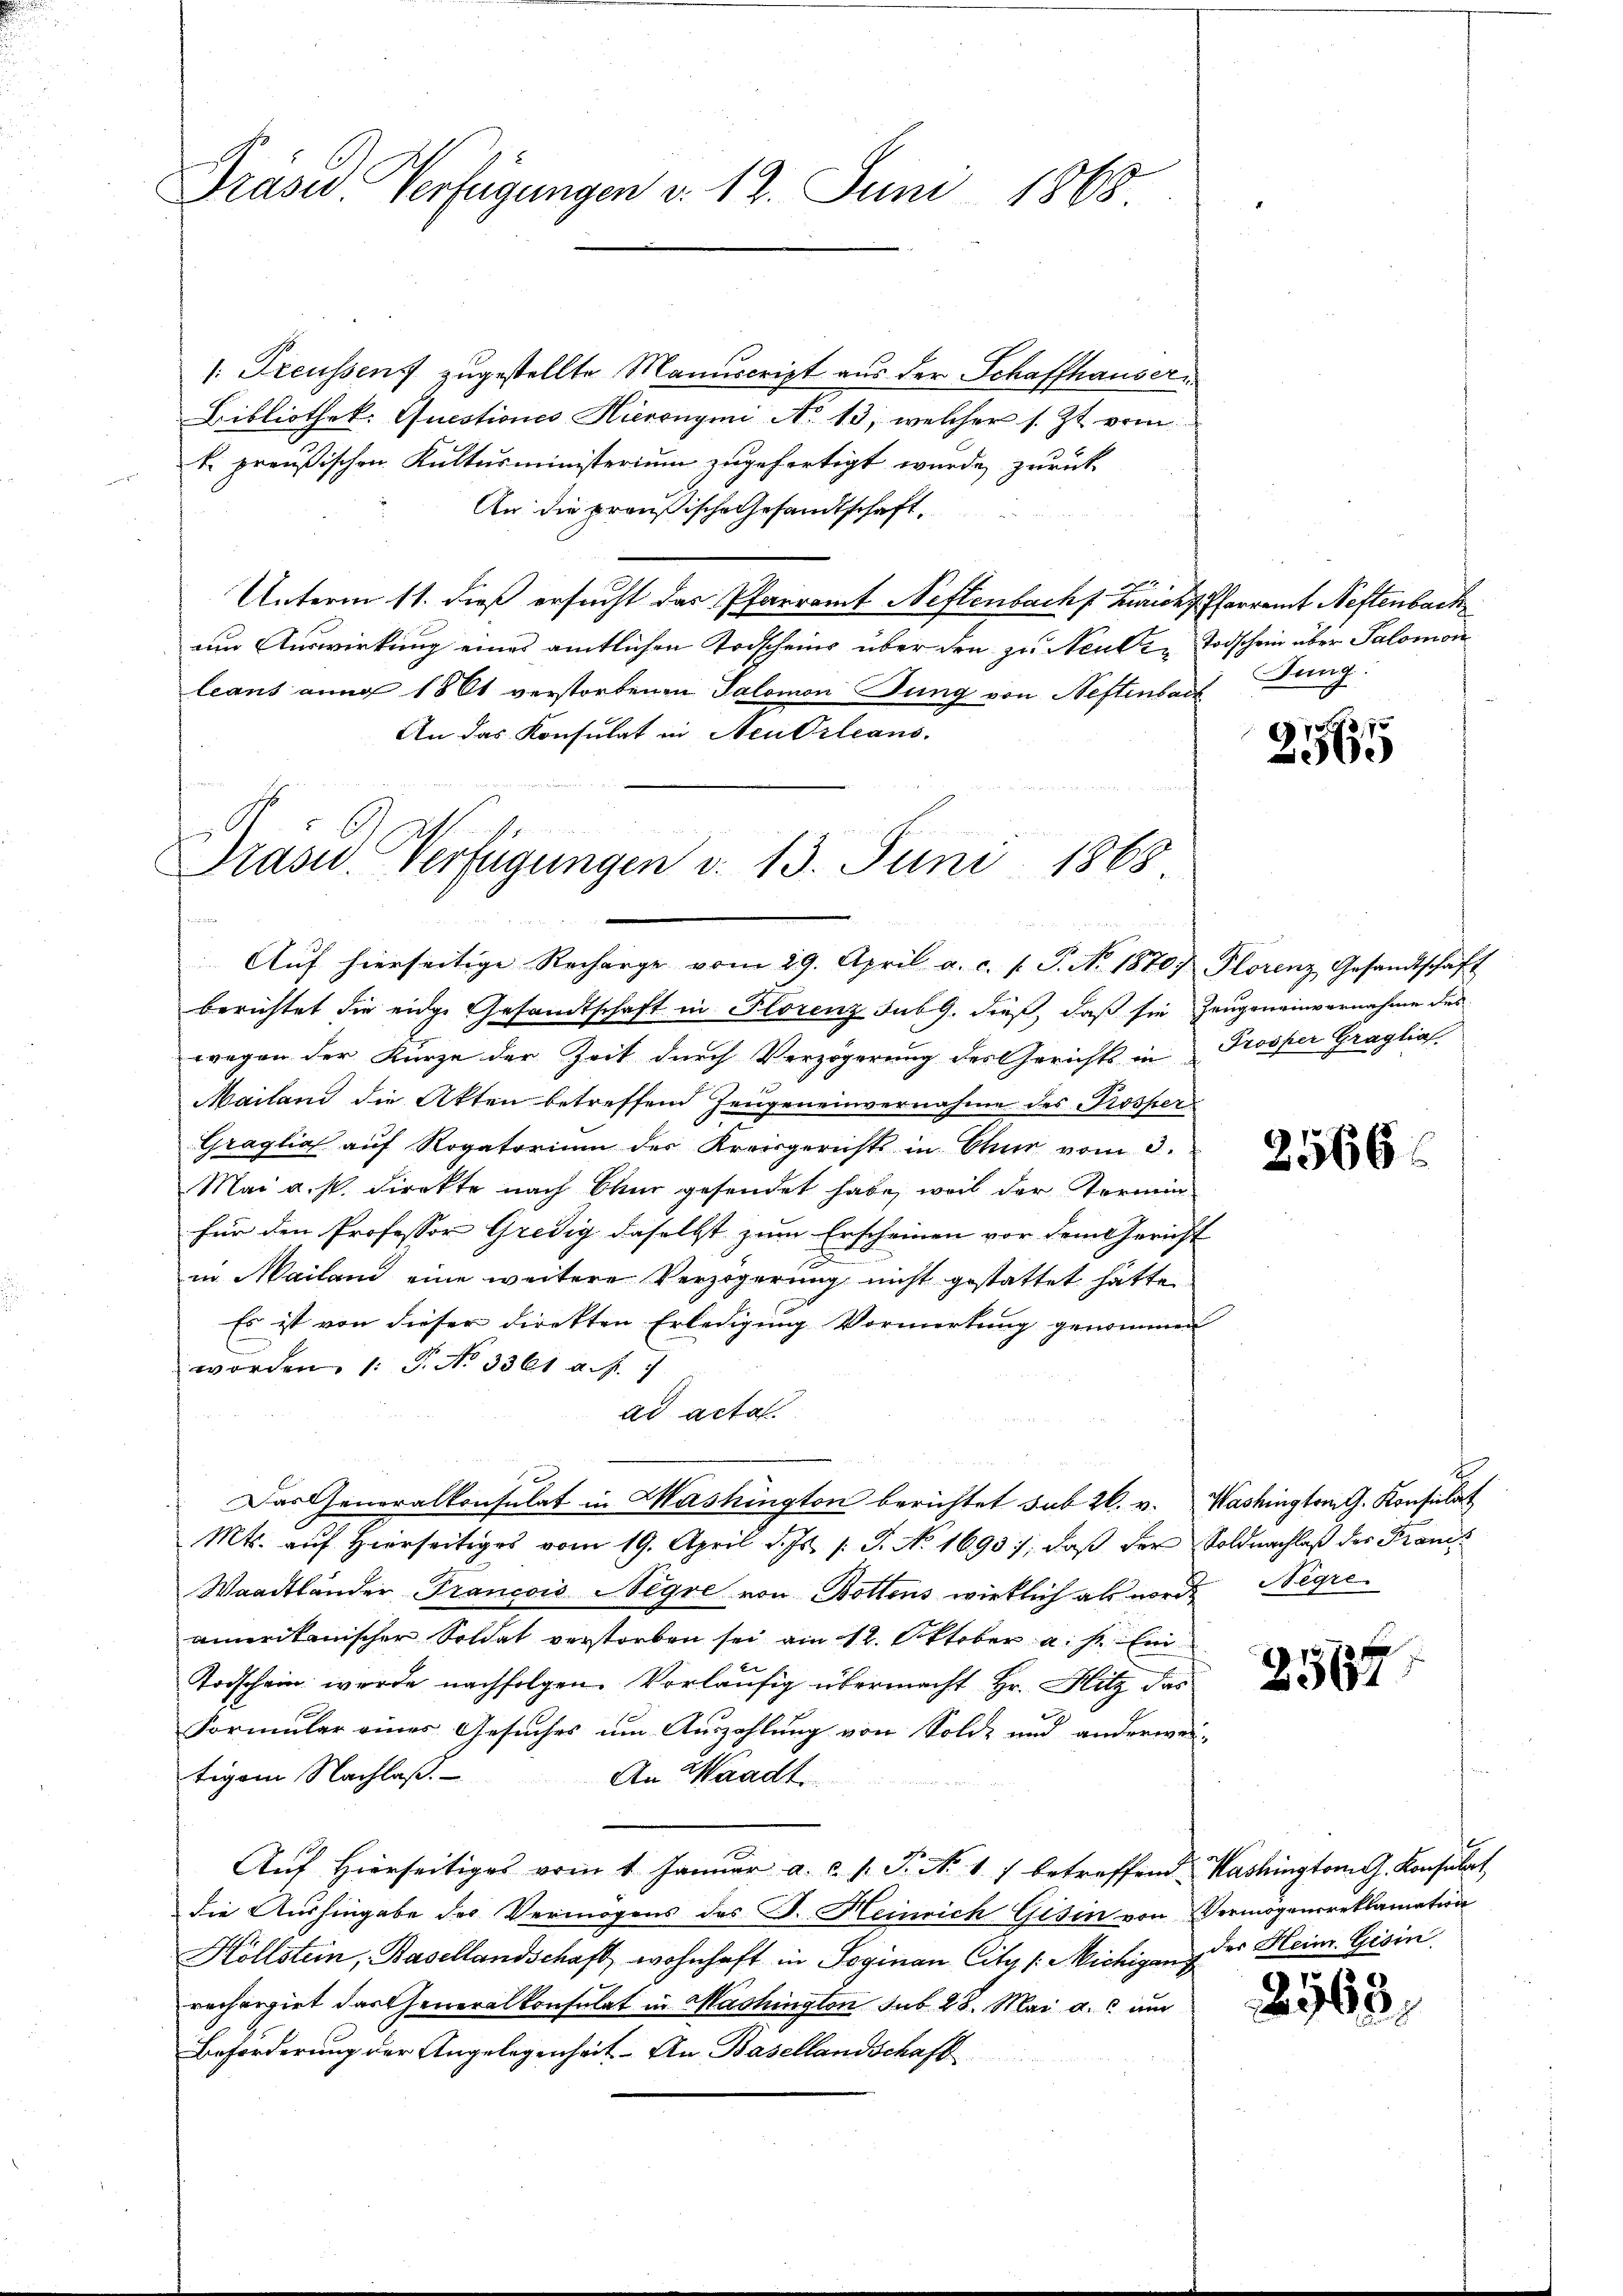
Präsid Verfügungen d. 12. Juni 1865

1: Freussens zugestellte Manuscript aus der Schaffhauser
Bibliothek: Questiones Hieronymi No 13, welcher s. Zt. vom
k. preußischen Kultusministerium zugefertigt wurde, zurück
An die preußische Gesandtschaft,
Unterm 11. dieß ersucht das Pfarramt Neftenbach Zürich Pfarramt Neftenbach
um Auswirkung eines amtlichen Todscheins über den zu Neuen Todschein über Salomon
leans dung 1861 verstorbenen Salomon Jung von Neftenbach
An das Konsulat in Neu Orleans

Drasu. Verfügungen v. 13. Juni 1868.

Aŭf hierseitige Recharge vom 29. April a. c. f. P. No. 1870 Florenz Gesandtschaft
berichtet die eidge Gesandtschaft in Florenz sub 9. dieß, daß sie Zeugeneinvernahme des
wegen der Kurze der Zeit durch Verzögerung des Gerichts in Prosper Graglial
Mailand die Akten betreffend Zeugeneinvernahme des Prosper
Graglich auf Rogatorium des Kreisgerichts in Chur vom 3.
Mai a. p. direkte nach Okur gesendet habe, weil der Termin
für den Professor Gredig daselbst zum Erscheinen vor dem Gericht
in Mailand eine weitere Verzögerung nicht gestattet hätte
Es ist von dieser direkten Erledigung Vormerkung genommen
worden. 1. P. No 336 a. f. 7
ad acta.
Das Generalkonsulat in Washington berichtet sub 20. v. Washington G. Konsulat
Mts. auf hierseitiges vom 19. April d. Js. /: J. No. 1690; daß der Soldnachlaß der Franck
Waadtländer Francois Negre von Bottens wirklich als norde Negre
amerikanischer Soldat verstorben sei am 12. Oktober a. s. Ein
Todschein werde nachfolgen. Vorläufig übermacht Hr. Hitz das
Formular eines Gesuches um Auszahlung von Solde und anderwei-
tigem Nachlaß.
An Waadt.
Aŭf hierseitiges vom 1 Janŭar a. c. s. S. N. 17 betreffend Washington G. Konsulat
die Aushingabe des Vermögens des D. Heinrich Gisin von Vermögensreklamation
Hollstein, Basellandschaft, wohnhaft in Soginan Citz /: Michigang der Heim. Gesin
rechergiet das Generalkonsulat in Mashington sub 28. Mai a. um
Beförderung der Angelegenheit - An Basellandschaft

Jung.

78,75
00

2566

2567

2563.